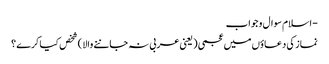
- اسلام سوال و جواب
نماز کی دعاؤں میں عجمی ( یعنی عربی نہ جاننے والا ) شخص کیا کرے ؟